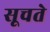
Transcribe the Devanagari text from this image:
सूचते